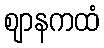
ဈာနကထံ